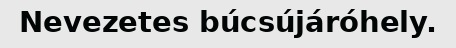
Nevezetes búcsújáróhely.